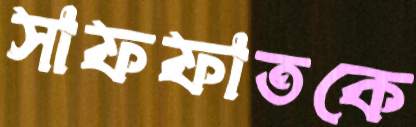
সাফফাতকে